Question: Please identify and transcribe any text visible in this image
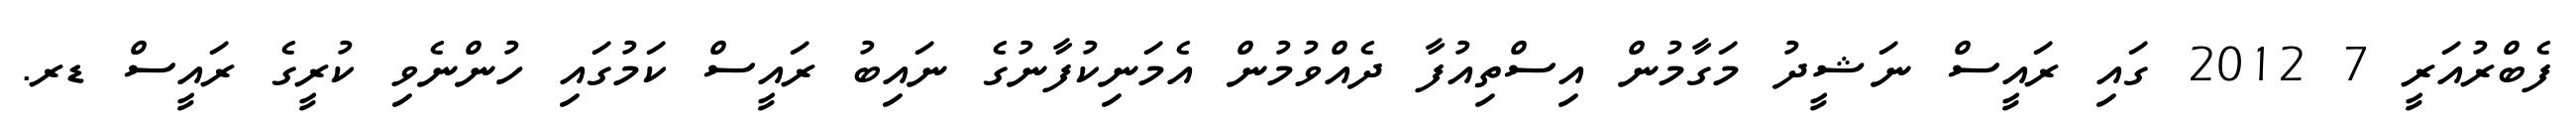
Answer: ފެބްރުއަރީ 7 2012 ގައި ރައީސް ނަޝީދު މަގާމުން އިސްތިއުފާ ދެއްވުމުން އެމަނިކުފާނުގެ ނައިބު ރައީސް ކަމުގައި ހުންނެވި ކުރީގެ ރައީސް ޑރ.